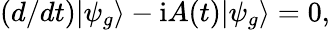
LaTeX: (d/dt)|{\psi}_{g}\rangle-\mathrm{i}A(t)|\psi_{g}\rangle=0,